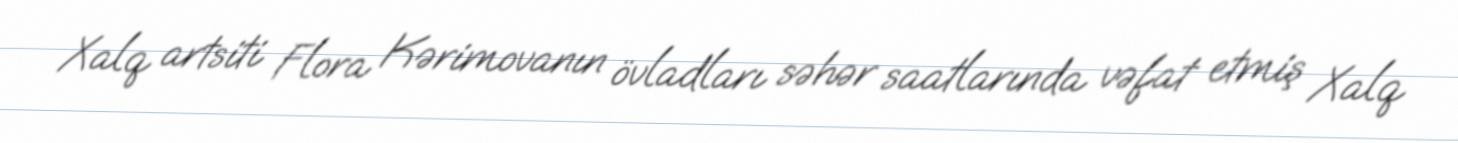
Xalq artsiti Flora Kərimovanın övladları səhər saatlarında vəfat etmiş Xalq